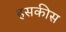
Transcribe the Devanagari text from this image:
हसकीस